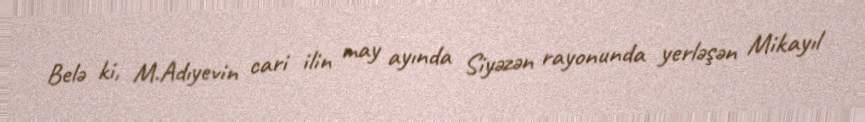
Belə ki, M.Adıyevin cari ilin may ayında Siyəzən rayonunda yerləşən Mikayıl